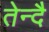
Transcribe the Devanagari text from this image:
तेन्दै